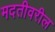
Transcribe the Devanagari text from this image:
मदतीवरील